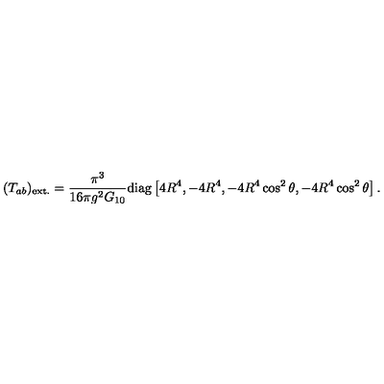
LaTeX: ( T _ { a b } ) _ { \mathrm { e x t . } } = \frac { \pi ^ { 3 } } { 1 6 \pi g ^ { 2 } G _ { 1 0 } } \mathrm { d i a g } \left[ 4 R ^ { 4 } , - 4 R ^ { 4 } , - 4 R ^ { 4 } \cos ^ { 2 } \theta , - 4 R ^ { 4 } \cos ^ { 2 } \theta \right] .